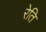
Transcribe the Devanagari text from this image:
रेति